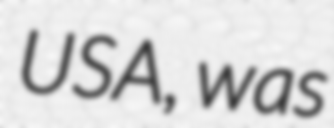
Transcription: USA, was